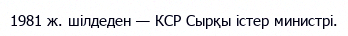
1981 ж. шілдеден — КСР Сырқы істер министрі.